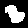
Label: 3